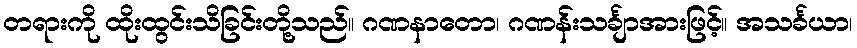
တရားကို ထိုးထွင်းသိခြင်းတို့သည်။ ဂဏနာတော၊ ဂဏန်းသင်္ချာအားဖြင့်။ အသင်္ခယာ၊